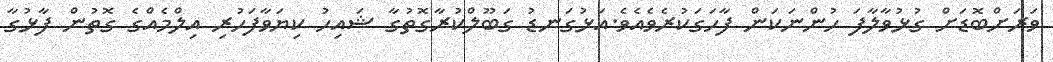
ވަރަށްބޮޑަށް ގުޅުވާލާފަ ހުންނަކަން ފާހަގަކުރެވެއެވެ.އަޅުގަނޑު ގަބޫލްކުރާގޮތުގާ ޝައިހު ކިޔަވާފަހުރި އިލްމެއްގެ ގޮތުން ފާޅުގާ